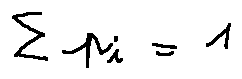
\sum p _ { i } = 1